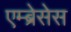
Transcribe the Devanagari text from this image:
एम्ब्रेसेस